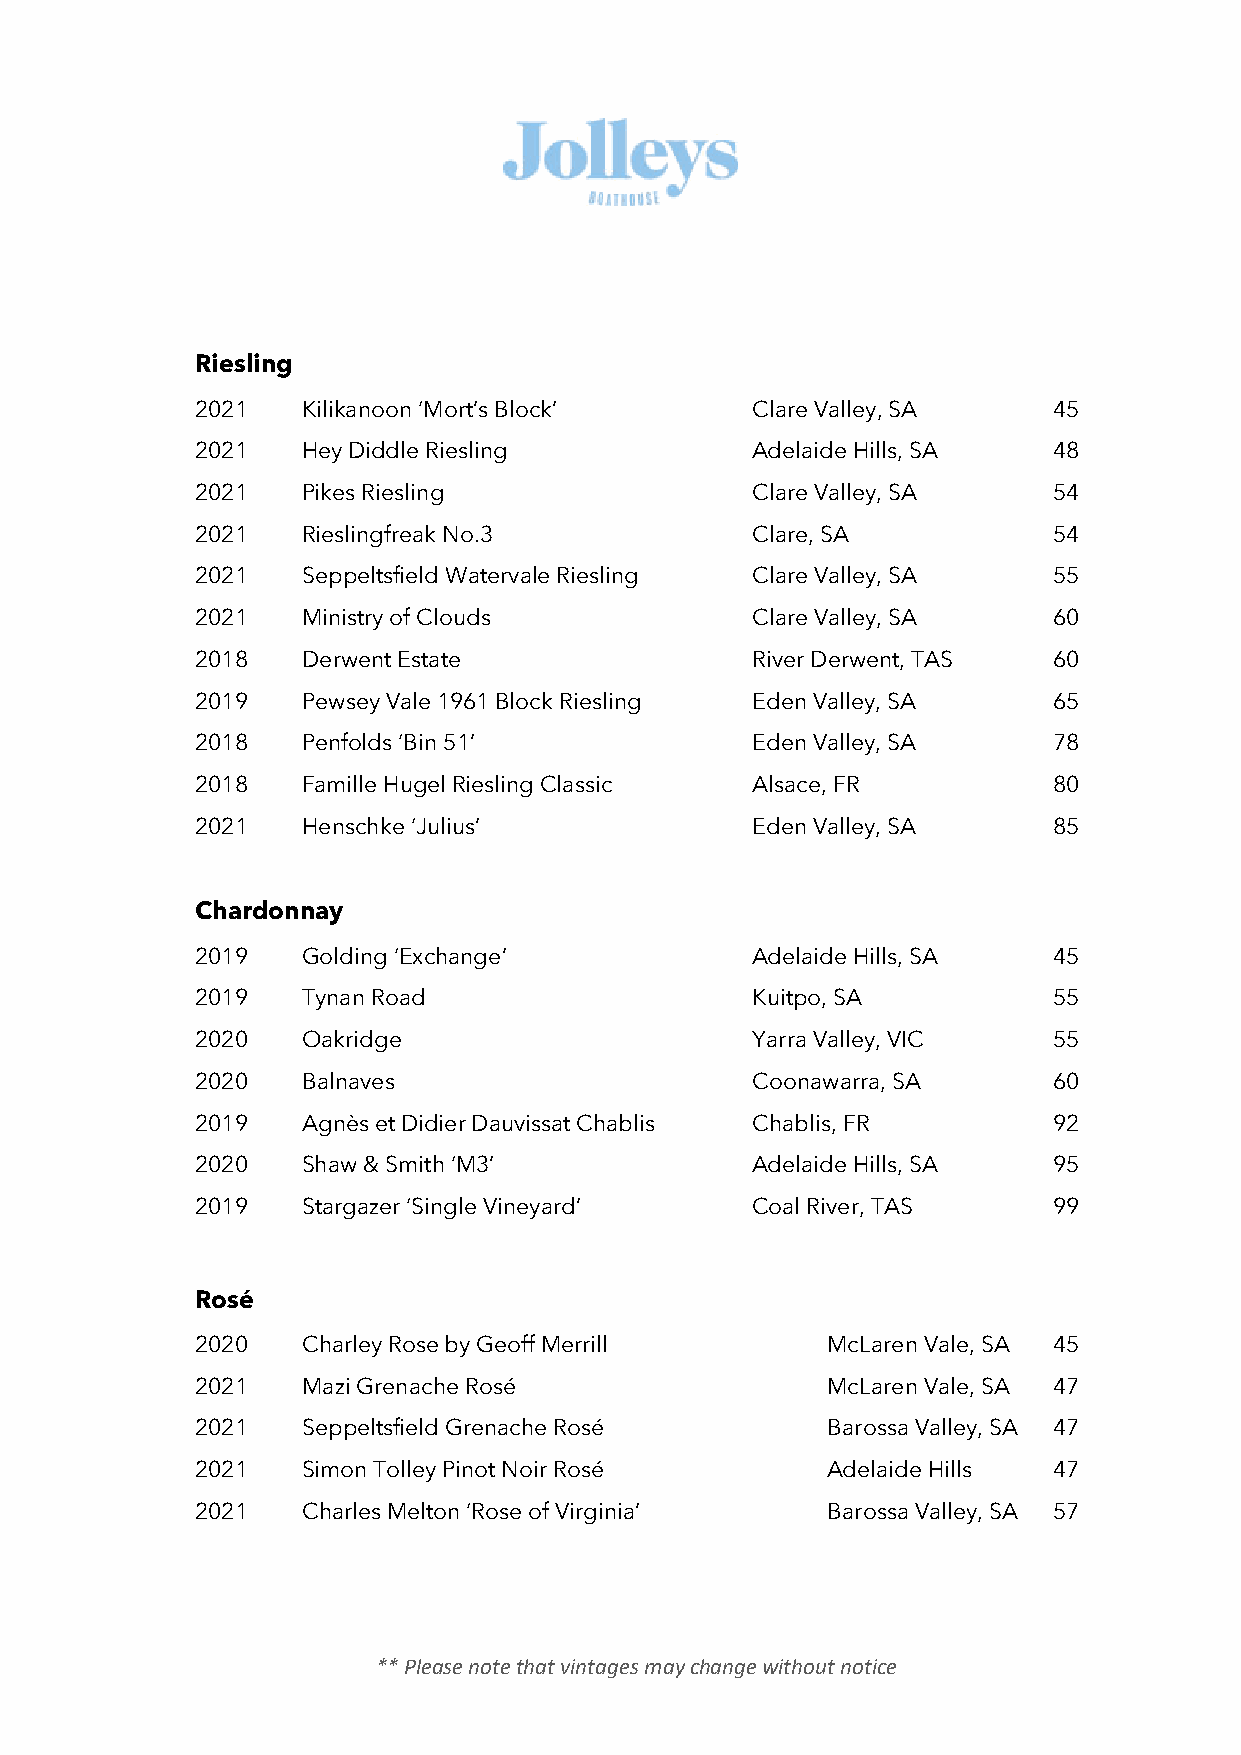
Riesling
 2021   Kilikanoon ‘Mort’s Block’     Clare Valley, SA    45
 2021   Hey Diddle Riesling           Adelaide Hills, SA  48
 2021   Pikes Riesling                Clare Valley, SA    54
 2021   Rieslingfreak No.3            Clare, SA           54
 2021   Seppeltsfield Watervale Riesling Clare Valley, SA 55
 2021   Ministry of Clouds            Clare Valley, SA    60
 2018   Derwent Estate                River Derwent, TAS  60
 2019   Pewsey Vale 1961 Block Riesling Eden Valley, SA   65
 2018   Penfolds ‘Bin 51’             Eden Valley, SA     78
 2018   Famille Hugel Riesling Classic Alsace, FR         80
 2021   Henschke ‘Julius’             Eden Valley, SA     85
 Chardonnay
 2019   Golding ‘Exchange’            Adelaide Hills, SA  45
 2019   Tynan Road                    Kuitpo, SA          55
 2020   Oakridge                      Yarra Valley, VIC   55
 2020   Balnaves                      Coonawarra, SA      60
 2019   Agnès et Didier Dauvissat Chablis Chablis, FR     92
 2020   Shaw & Smith ‘M3’             Adelaide Hills, SA  95
 2019   Stargazer ‘Single Vineyard’   Coal River, TAS     99
 Rosé
 2020   Charley Rose by Geoff Merrill      McLaren Vale, SA 45
 2021   Mazi Grenache Rosé                 McLaren Vale, SA 47
 2021   Seppeltsfield Grenache Rosé        Barossa Valley, SA 47
 2021   Simon Tolley Pinot Noir Rosé       Adelaide Hills 47
 2021   Charles Melton ‘Rose of Virginia’  Barossa Valley, SA 57
 ** Please note that vintages may change without notice